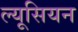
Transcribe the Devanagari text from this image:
ल्यूसियन